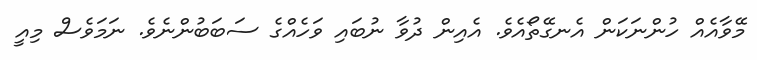
މޭވާއެއް ހުންނަކަން އެނގޭތޯއެވެ. އެއިން ދުވާ ނުބައި ވަހެއްގެ ސަބަބުންނެވެ. ނަމަވެސް މިއީ